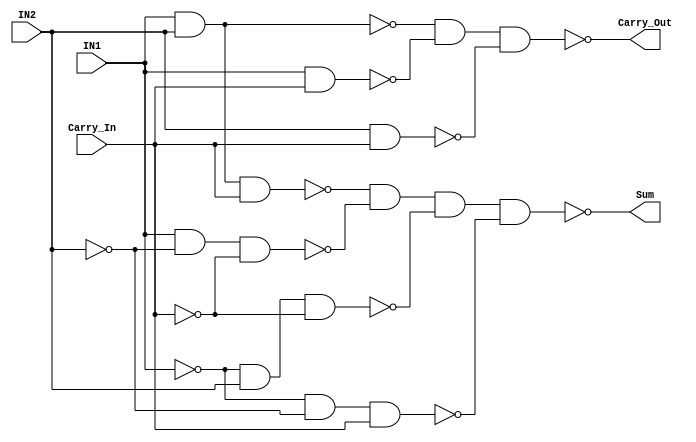
module full_adder_behave(IN1, IN2, Carry_In, Sum, Carry_Out);
	input IN1, IN2, Carry_In;
	output Sum, Carry_Out;
	
	wire sum_not_and_input[3:0], carry_not_and_input[2:0];
	
	assign sum_not_and_input[0]=~(IN1&IN2&Carry_In);
	assign sum_not_and_input[1]=~(IN1&~IN2&~Carry_In);	
	assign sum_not_and_input[2]=~(~IN1&IN2&~Carry_In);
	assign sum_not_and_input[3]=~(~IN1&~IN2&Carry_In);
	
	assign carry_not_and_input[0]=~(IN1&IN2);
	assign carry_not_and_input[1]=~(IN1&Carry_In);
	assign carry_not_and_input[2]=~(IN2&Carry_In);
	
	assign Sum=~(sum_not_and_input[0]&sum_not_and_input[1]&sum_not_and_input[2]& sum_not_and_input[3]);
	assign Carry_Out=~(carry_not_and_input[0]&carry_not_and_input[1]&carry_not_and_input[2]);
	
endmodule